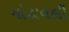
મોટાવલી